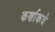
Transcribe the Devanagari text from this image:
कर्णाकचे